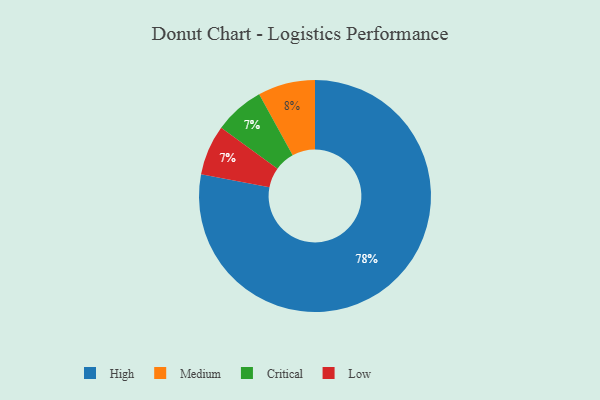
{"axis": {"x": "Category", "y": "Percentage"}, "legend": ["Critical", "High", "Low", "Medium"], "data": [{"x": "Critical", "y": 7, "type": "Critical"}, {"x": "Medium", "y": 8, "type": "Medium"}, {"x": "High", "y": 78, "type": "High"}, {"x": "Low", "y": 7, "type": "Low"}]}